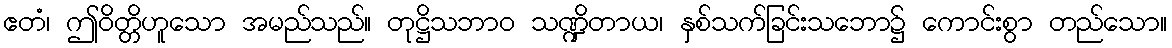
ဧတံ၊ ဤဝိတ္တိဟူသော အမည်သည်။ တုဋ္ဌိသဘာဝ သဏ္ဍိတာယ၊ နှစ်သက်ခြင်းသဘော၌ ကောင်းစွာ တည်သော။